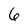
Character: 6